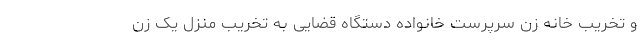
و تخریب خانه زن سرپرست خانواده دستگاه قضایی به ‌تخریب منزل یک زن